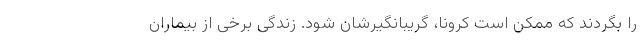
را بگردند که ممکن است کرونا، گریبانگیرشان شود. زندگی برخی از بیماران